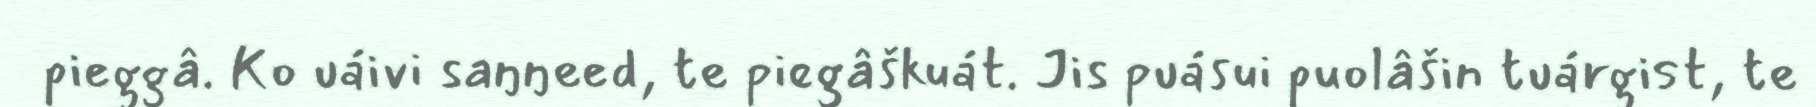
pieggâ. Ko uáivi saŋŋeed, te piegâškuát. Jis puásui puolâšin tuárgist, te